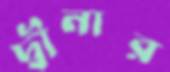
দ্বীনার